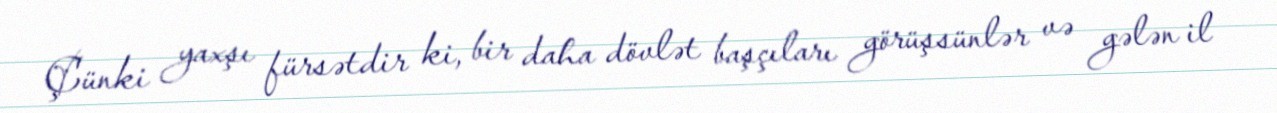
Çünki yaxşı fürsətdir ki, bir daha dövlət başçıları görüşsünlər və gələn il